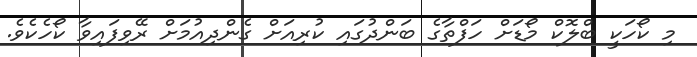
މި ކޯހަކީ ބްލޮކް މޯޑަށް ހަފްތާގެ ބަންދުގައި ކުރިއަށް ގެންދިއުމަށް ރޭވިފައިވާ ކޯހެކެވެ.